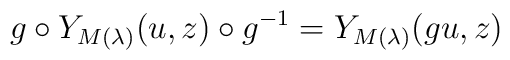
g\circ Y_{M(\lambda)}(u,z)\circ g^{-1} =Y_{M(\lambda)}(gu,z)